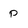
Character: p